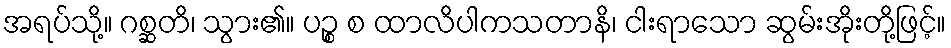
အရပ်သို့။ ဂစ္ဆတိ၊ သွား၏။ ပဉ္စ စ ထာလိပါကသတာနိ၊ ငါးရာသော ဆွမ်းအိုးတို့ဖြင့်။